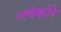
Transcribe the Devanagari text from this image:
नवेकोरे